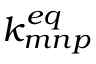
k _ { m n p } ^ { e q }